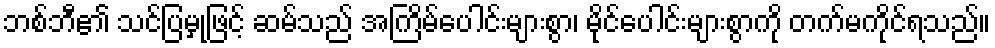
ဘစ်ဘီ၏ သင်ပြမှုဖြင့် ဆမ်သည် အကြိမ်ပေါင်းများစွာ၊ မိုင်ပေါင်းများစွာကို တက်မကိုင်ရသည်။